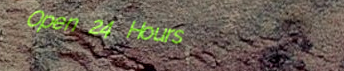
Open 24 Hours